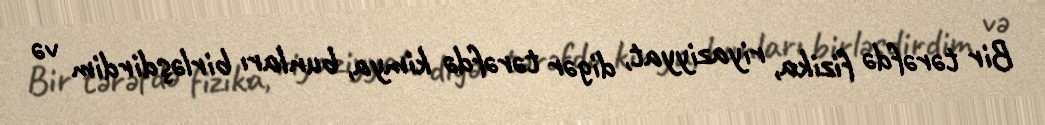
Bir tərəfdə fizika, riyaziyyat, digər tərəfdə kimya, bunları birləşdirdim və